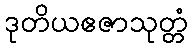
ဒုတိယဧဇာသုတ္တံ